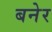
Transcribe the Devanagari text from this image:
बनेर